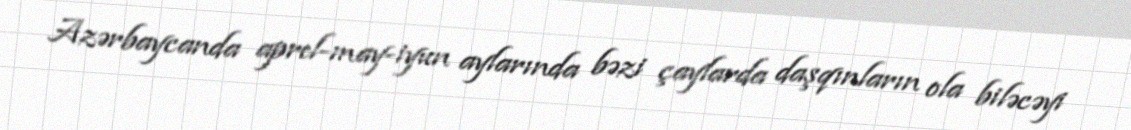
Azərbaycanda aprel-may-iyun aylarında bəzi çaylarda daşqınların ola biləcəyi